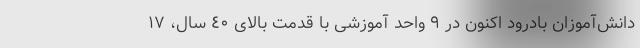
دانش‌آموزان بادرود اکنون در ٩ واحد آموزشی با قدمت بالای ٤٠ سال، ١٧